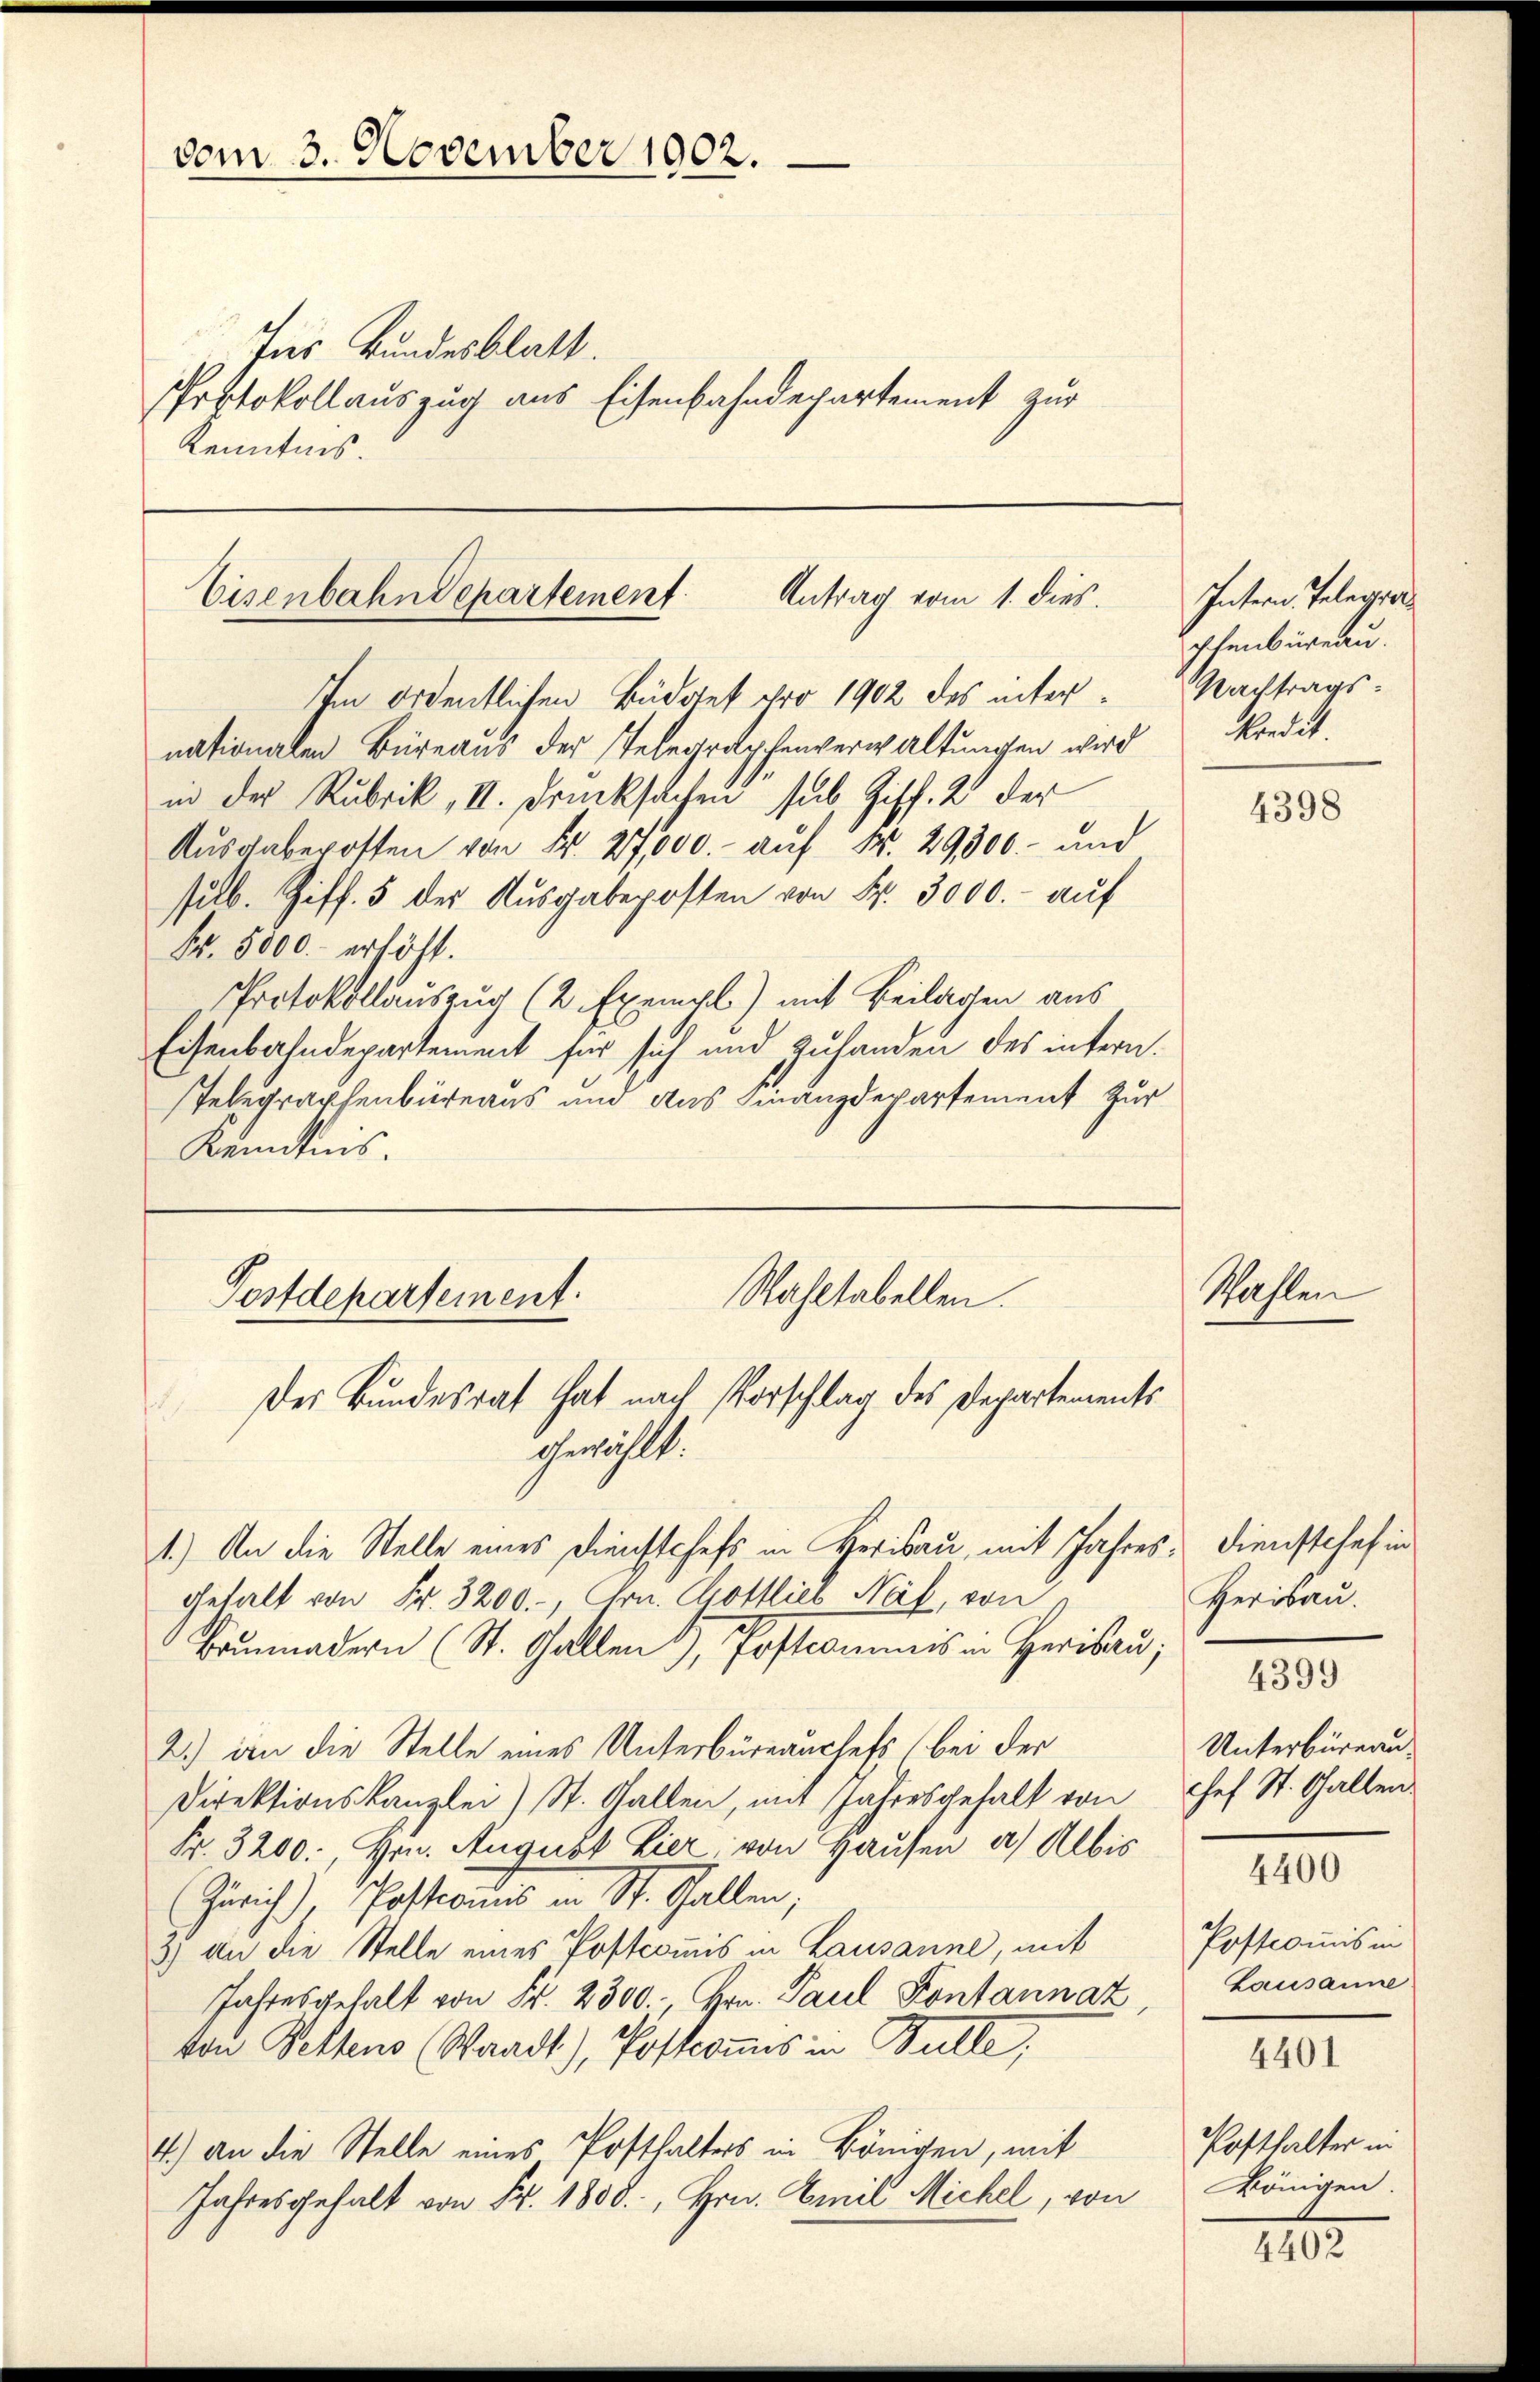
vom 3. November 1902.

Ins Bundesblatt.
Protokollauszug aus Eisenbahndepartement zur
Kenntnis.

Im ordentlichen Büdget pro 1902 des inter
nationalen Büreaus der Telegraphenverwaltungen wird
in der Rubrik, II. Drucksachen sub. Ziff. 2 der
Aŭsgabeposten von Fr. 27,000.- aŭf N. 29300.- und
sub. Ziff. 5 der Ausgabeposten von Fr. 3000.- auf
Fr. 5000.- erhöht.
Protokollauszug (2 Exempl) mit Beilagen aus
Eisenbahndepartement für sich und Zuhanden des intern.
Telegraphenbüreaus und das Finanzdepartement zur
Kenntnis.

Eisenbahndepartement Antrag vom 1. dies.

Wahltabellen.
Postdepartement.
Der Bundesrat hat nach Vorschlag des Departements
.
gewählt:

1.) An die Stelle eines Dienstchefs in Herisau, mit Jahre
gehalt von Fr. 3200.-, Hrn. Gottlies Näf, von
Brunnadern (St. Gallen), Postcommis in Heribau
2.) an die Stelle eines Unterbüreanchefs bei der
Direktionskanzlei) St. Gallen, mit Jahresgefall von
Fr. 3200., Hrn. August Lier, von Hausen a) Albis
Zürich) Postcomis in St. Gallen;
3) an die Stelle eines Postcommis in Lausanne, mit
Jahresgehalt von Fr. 2300. Hrn. Paul Kontannaz
von Bettens (Waadt), Postcommis in Bulle;
4.) an die Stelle eines Posthalters in königen, mit
Jahresgehalt von Fr. 1808., Hrn. Emil Michel, von

,

Intern. Telegra
schenbüreau.
Nachtrags
kredit

Wahlen

4398

dienstchef in
.
Herisau.
4399
Unterbüreau
Chef St. Gallen.

4400

Postcommis in
Lausanne.

4401

Posthalter in
Königen.

4402